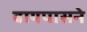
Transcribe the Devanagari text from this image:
बायपासने